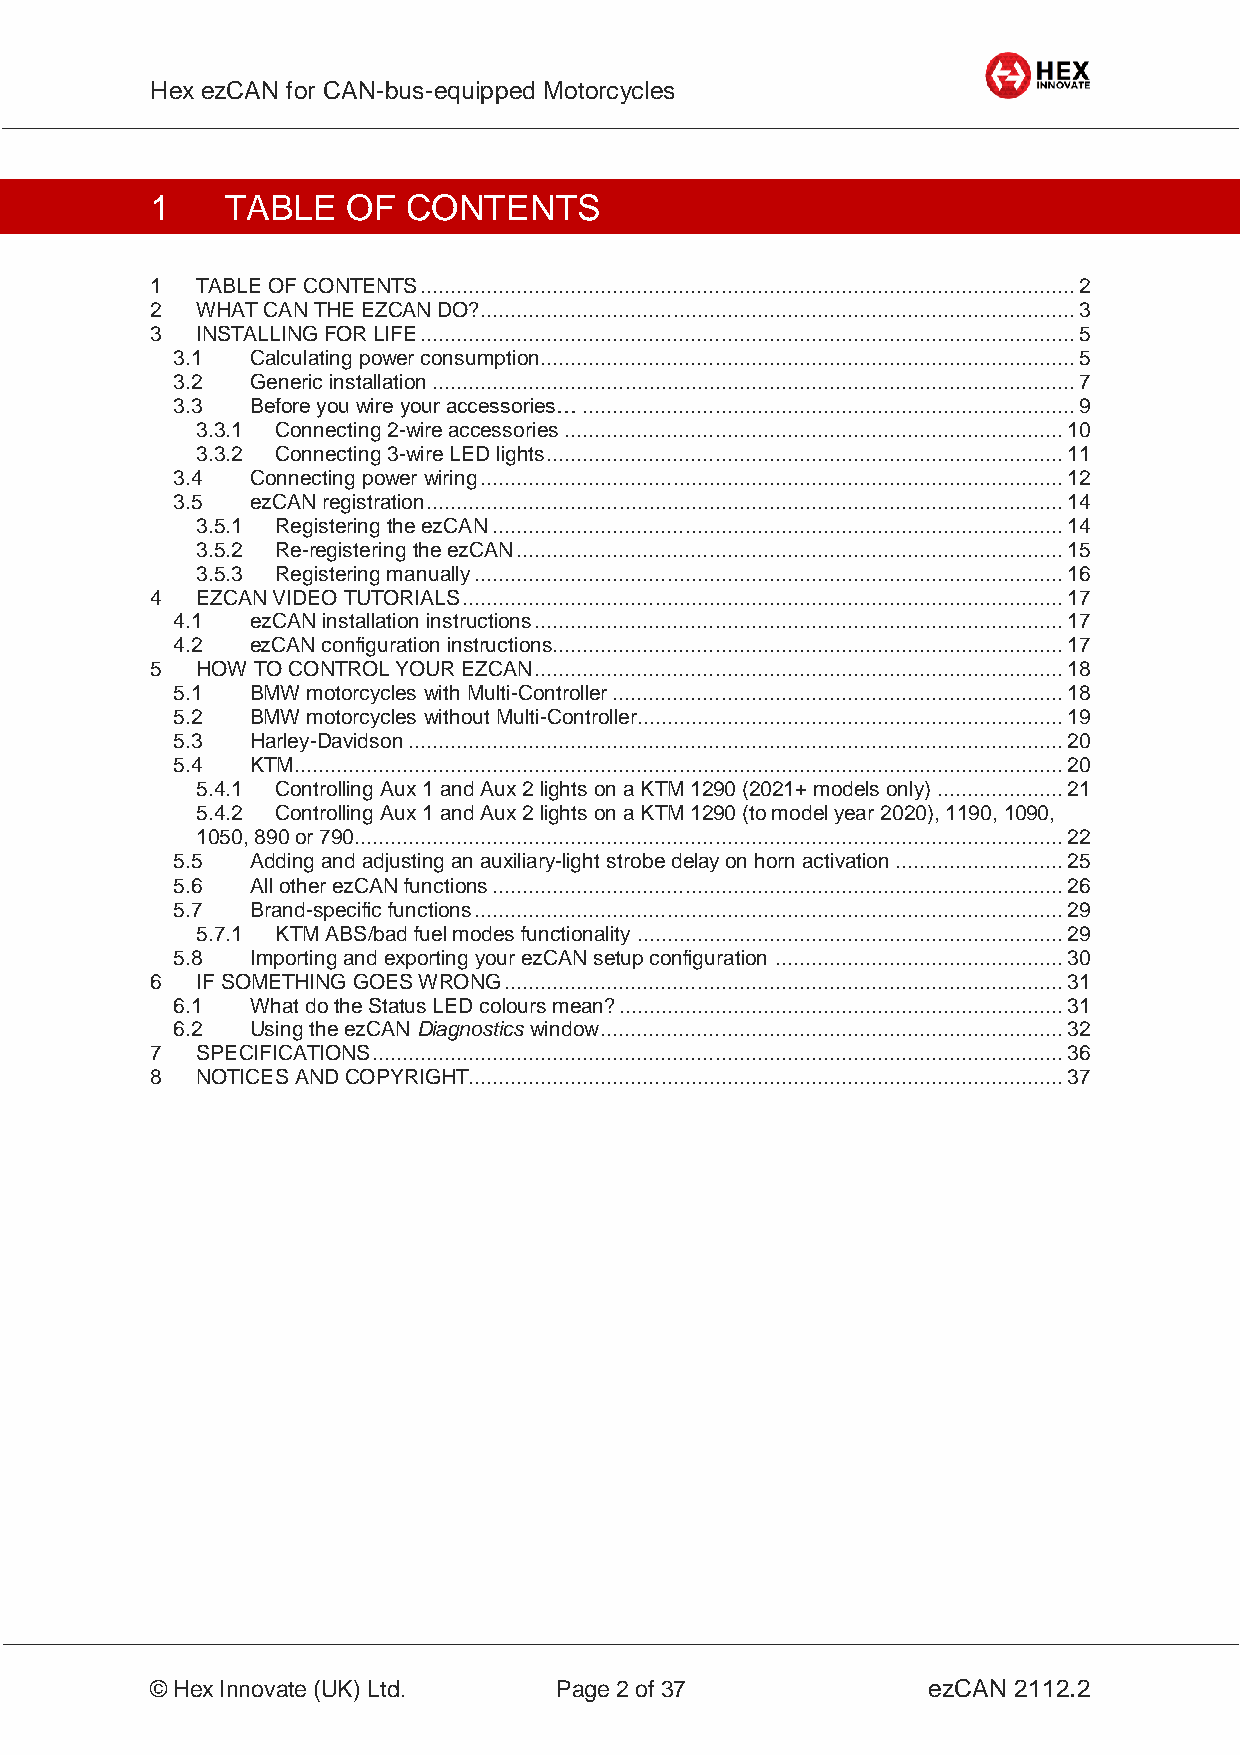
Hex ezCAN for CAN-bus-equipped Motorcycles
 _________________________________________________________________________________________________
 1    TABLE   OF  CONTENTS
 1  TABLE OF CONTENTS ............................................................................................................. 2
 2  WHAT CAN THE EZCAN DO? ................................................................................................... 3
 3  INSTALLING FOR LIFE ............................................................................................................. 5
 3.1   Calculating power consumption ......................................................................................... 5
 3.2   Generic installation ........................................................................................................... 7
 3.3   Before you wire your accessories… .................................................................................. 9
 3.3.1 Connecting 2-wire accessories ................................................................................... 10
 3.3.2 Connecting 3-wire LED lights ...................................................................................... 11
 3.4   Connecting power wiring ................................................................................................. 12
 3.5   ezCAN registration .......................................................................................................... 14
 3.5.1 Registering the ezCAN ............................................................................................... 14
 3.5.2 Re-registering the ezCAN ........................................................................................... 15
 3.5.3 Registering manually .................................................................................................. 16
 4  EZCAN VIDEO TUTORIALS .................................................................................................... 17
 4.1   ezCAN installation instructions ........................................................................................ 17
 4.2   ezCAN configuration instructions..................................................................................... 17
 5  HOW TO CONTROL YOUR EZCAN ........................................................................................ 18
 5.1   BMW motorcycles with Multi-Controller ........................................................................... 18
 5.2   BMW motorcycles without Multi-Controller....................................................................... 19
 5.3   Harley-Davidson ............................................................................................................. 20
 5.4   KTM................................................................................................................................ 20
 5.4.1 Controlling Aux 1 and Aux 2 lights on a KTM 1290 (2021+ models only) ..................... 21
 5.4.2 Controlling Aux 1 and Aux 2 lights on a KTM 1290 (to model year 2020), 1190, 1090,
 1050, 890 or 790 ...................................................................................................................... 22
 5.5   Adding and adjusting an auxiliary-light strobe delay on horn activation ............................ 25
 5.6   All other ezCAN functions ............................................................................................... 26
 5.7   Brand-specific functions .................................................................................................. 29
 5.7.1 KTM ABS/bad fuel modes functionality ....................................................................... 29
 5.8   Importing and exporting your ezCAN setup configuration ................................................ 30
 6  IF SOMETHING GOES WRONG ............................................................................................. 31
 6.1   What do the Status LED colours mean? .......................................................................... 31
 6.2   Using the ezCAN Diagnostics window ............................................................................. 32
 7  SPECIFICATIONS ................................................................................................................... 36
 8  NOTICES AND COPYRIGHT................................................................................................... 37
 _________________________________________________________________________________________________
 © Hex Innovate (UK) Ltd.   Page 2 of 37            ezCAN 2112.2